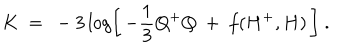
LaTeX: K \ = \ - 3 \log \left[ \, - \frac { 1 } { 3 } Q ^ { + } Q \ + \ f ( H ^ { + } , H ) \, \right] \ .